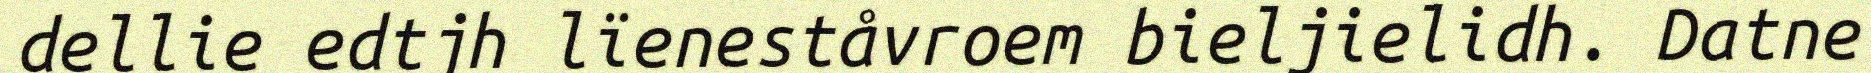
dellie edtjh lïeneståvroem bieljielidh. Datne